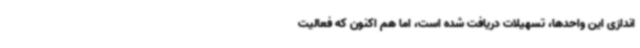
اندازی این واحدها، تسهیلات دریافت شده است، اما هم اکنون که فعالیت